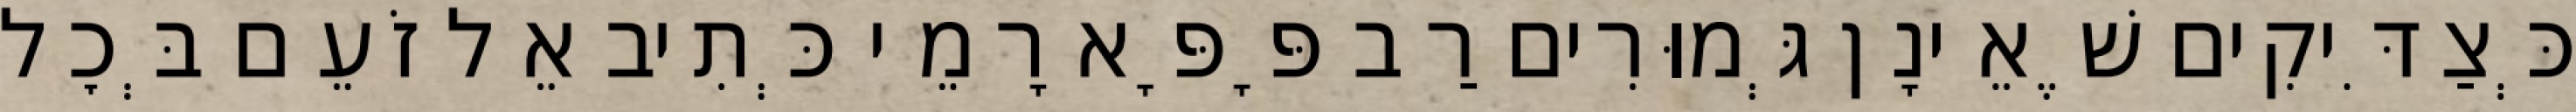
כְּצַדִּיקִים שֶׁאֵינָן גְּמוּרִים רַב פָּפָּא רָמֵי כְּתִיב אֵל זֹעֵם בְּכׇל